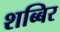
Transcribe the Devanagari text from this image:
शब्बिर